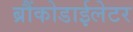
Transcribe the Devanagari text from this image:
ब्रौंकोडाईलेटर